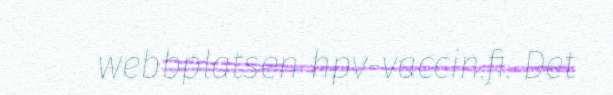
webbplatsen hpv-vaccin.fi. Det